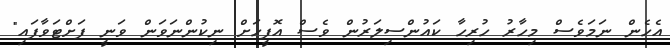
އެހެން ނަމަވެސް މިހާރު ހުރިހާ ކައުންސިލަރުން ވެސް އޮފީހަށް ނިކުންނަވަން ވަނީ ފަށްޓަވާފައި"